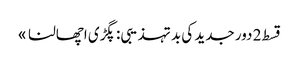
قسط 2	دور جدید کی بد تہذیبی: پگڑی اچھالنا »